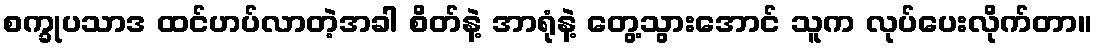
စက္ခုပသာဒ ထင်ဟပ်လာတဲ့အခါ စိတ်နဲ့ အာရုံနဲ့ တွေ့သွားအောင် သူက လုပ်ပေးလိုက်တာ။